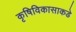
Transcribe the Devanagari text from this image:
कृषिविकासाकडे